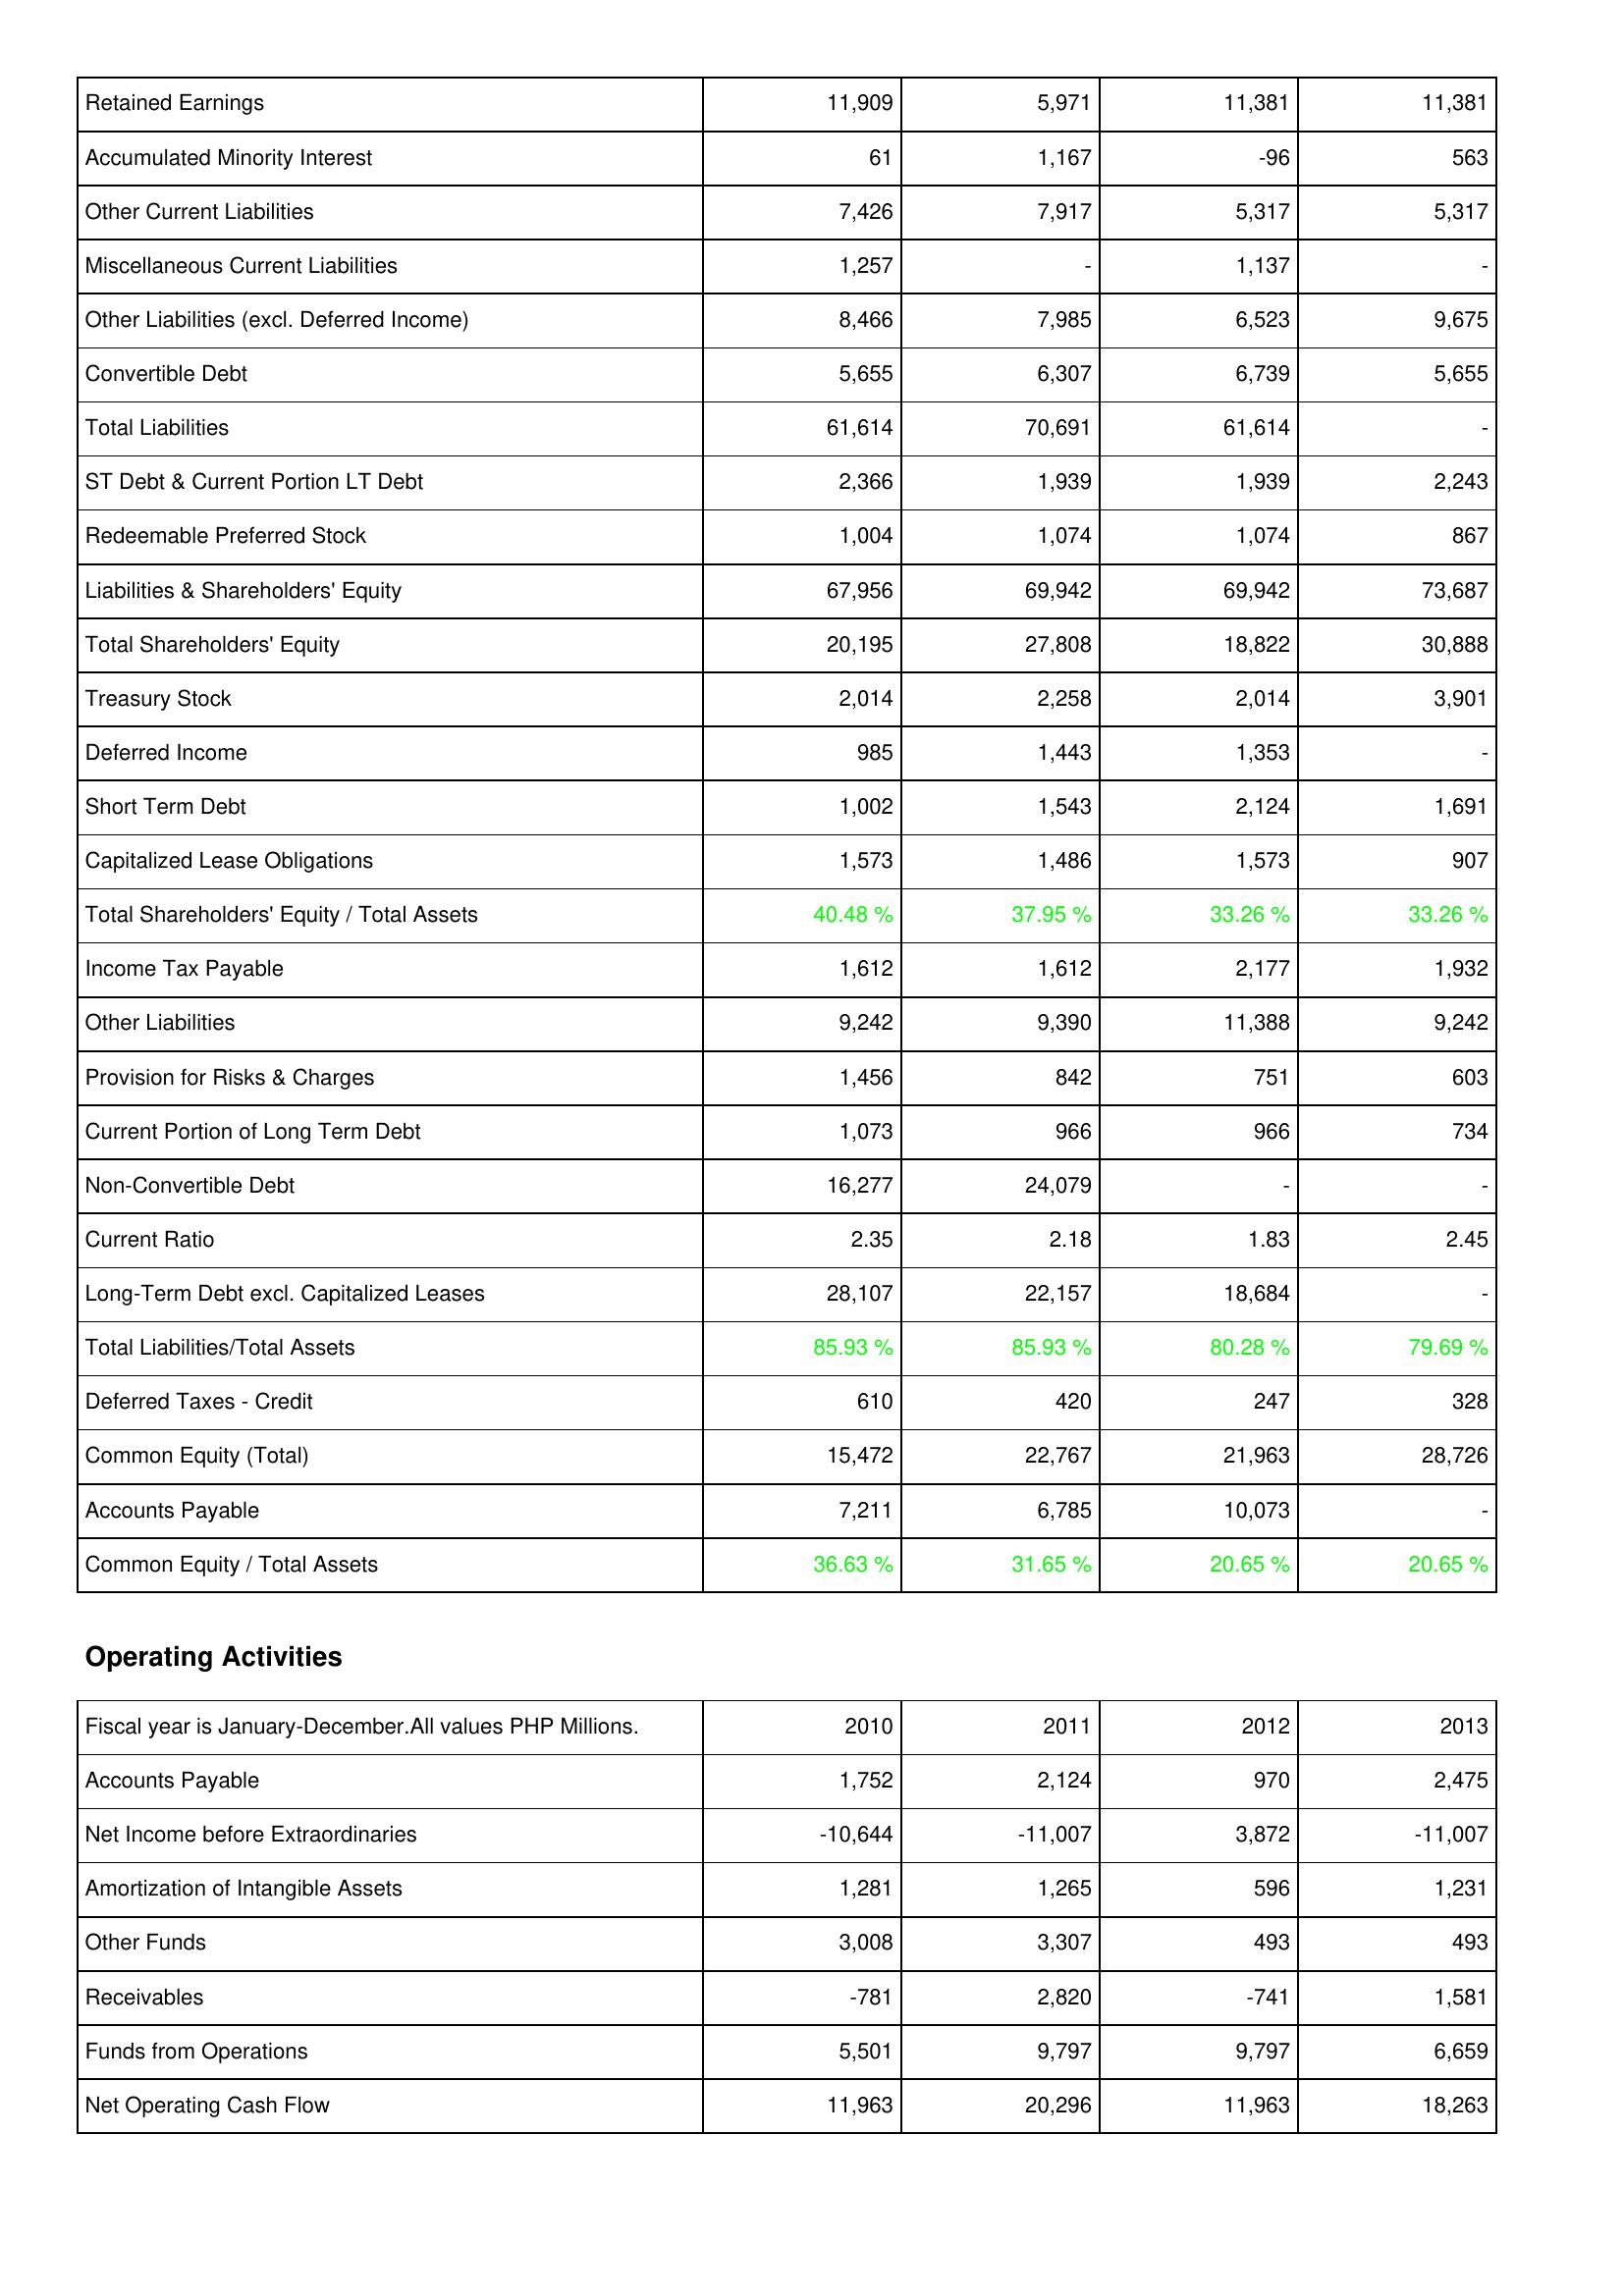
2010: Liabilities & Shareholders' Equity: Retained Earnings: 11,909
Accumulated Minority Interest: 61
Other Current Liabilities: 7,426
Miscellaneous Current Liabilities: 1,257
Other Liabilities (excl. Deferred Income): 8,466
Convertible Debt: 5,655
Total Liabilities: 61,614
ST Debt & Current Portion LT Debt: 2,366
Redeemable Preferred Stock: 1,004
Liabilities & Shareholders' Equity: 67,956
Total Shareholders' Equity: 20,195
Treasury Stock: 2,014
Deferred Income: 985
Short Term Debt: 1,002
Capitalized Lease Obligations: 1,573
Total Shareholders' Equity / Total Assets: 40.48 %
Income Tax Payable: 1,612
Other Liabilities: 9,242
Provision for Risks & Charges: 1,456
Current Portion of Long Term Debt: 1,073
Non-Convertible Debt: 16,277
Current Ratio: 2.35
Long-Term Debt excl. Capitalized Leases: 28,107
Total Liabilities/Total Assets: 85.93 %
Deferred Taxes - Credit: 610
Common Equity (Total): 15,472
Accounts Payable: 7,211
Common Equity / Total Assets: 36.63 %
Operating Activities: Accounts Payable: 1,752
Net Income before Extraordinaries: -10,644
Amortization of Intangible Assets: 1,281
Other Funds: 3,008
Receivables: -781
Funds from Operations: 5,501
Net Operating Cash Flow: 11,963
2011: Liabilities & Shareholders' Equity: Retained Earnings: 5,971
Accumulated Minority Interest: 1,167
Other Current Liabilities: 7,917
Miscellaneous Current Liabilities: -
Other Liabilities (excl. Deferred Income): 7,985
Convertible Debt: 6,307
Total Liabilities: 70,691
ST Debt & Current Portion LT Debt: 1,939
Redeemable Preferred Stock: 1,074
Liabilities & Shareholders' Equity: 69,942
Total Shareholders' Equity: 27,808
Treasury Stock: 2,258
Deferred Income: 1,443
Short Term Debt: 1,543
Capitalized Lease Obligations: 1,486
Total Shareholders' Equity / Total Assets: 37.95 %
Income Tax Payable: 1,612
Other Liabilities: 9,390
Provision for Risks & Charges: 842
Current Portion of Long Term Debt: 966
Non-Convertible Debt: 24,079
Current Ratio: 2.18
Long-Term Debt excl. Capitalized Leases: 22,157
Total Liabilities/Total Assets: 85.93 %
Deferred Taxes - Credit: 420
Common Equity (Total): 22,767
Accounts Payable: 6,785
Common Equity / Total Assets: 31.65 %
Operating Activities: Accounts Payable: 2,124
Net Income before Extraordinaries: -11,007
Amortization of Intangible Assets: 1,265
Other Funds: 3,307
Receivables: 2,820
Funds from Operations: 9,797
Net Operating Cash Flow: 20,296
2012: Liabilities & Shareholders' Equity: Retained Earnings: 11,381
Accumulated Minority Interest: -96
Other Current Liabilities: 5,317
Miscellaneous Current Liabilities: 1,137
Other Liabilities (excl. Deferred Income): 6,523
Convertible Debt: 6,739
Total Liabilities: 61,614
ST Debt & Current Portion LT Debt: 1,939
Redeemable Preferred Stock: 1,074
Liabilities & Shareholders' Equity: 69,942
Total Shareholders' Equity: 18,822
Treasury Stock: 2,014
Deferred Income: 1,353
Short Term Debt: 2,124
Capitalized Lease Obligations: 1,573
Total Shareholders' Equity / Total Assets: 33.26 %
Income Tax Payable: 2,177
Other Liabilities: 11,388
Provision for Risks & Charges: 751
Current Portion of Long Term Debt: 966
Non-Convertible Debt: -
Current Ratio: 1.83
Long-Term Debt excl. Capitalized Leases: 18,684
Total Liabilities/Total Assets: 80.28 %
Deferred Taxes - Credit: 247
Common Equity (Total): 21,963
Accounts Payable: 10,073
Common Equity / Total Assets: 20.65 %
Operating Activities: Accounts Payable: 970
Net Income before Extraordinaries: 3,872
Amortization of Intangible Assets: 596
Other Funds: 493
Receivables: -741
Funds from Operations: 9,797
Net Operating Cash Flow: 11,963
2013: Liabilities & Shareholders' Equity: Retained Earnings: 11,381
Accumulated Minority Interest: 563
Other Current Liabilities: 5,317
Miscellaneous Current Liabilities: -
Other Liabilities (excl. Deferred Income): 9,675
Convertible Debt: 5,655
Total Liabilities: -
ST Debt & Current Portion LT Debt: 2,243
Redeemable Preferred Stock: 867
Liabilities & Shareholders' Equity: 73,687
Total Shareholders' Equity: 30,888
Treasury Stock: 3,901
Deferred Income: -
Short Term Debt: 1,691
Capitalized Lease Obligations: 907
Total Shareholders' Equity / Total Assets: 33.26 %
Income Tax Payable: 1,932
Other Liabilities: 9,242
Provision for Risks & Charges: 603
Current Portion of Long Term Debt: 734
Non-Convertible Debt: -
Current Ratio: 2.45
Long-Term Debt excl. Capitalized Leases: -
Total Liabilities/Total Assets: 79.69 %
Deferred Taxes - Credit: 328
Common Equity (Total): 28,726
Accounts Payable: -
Common Equity / Total Assets: 20.65 %
Operating Activities: Accounts Payable: 2,475
Net Income before Extraordinaries: -11,007
Amortization of Intangible Assets: 1,231
Other Funds: 493
Receivables: 1,581
Funds from Operations: 6,659
Net Operating Cash Flow: 18,263